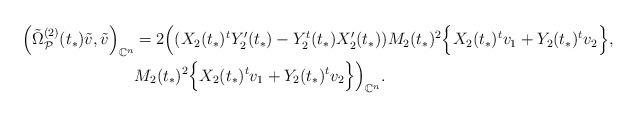
LaTeX: \begin{align*} \begin{aligned}\Big(\tilde{\Omega}^{(2)}_{\mathcal{P}} (t_*) \tilde{v}, \tilde{v} \Big)_{\mathbb{C}^n} &= 2 \Big( (X_2 (t_*)^t Y_2' (t_*) - Y_2^t (t_*) X_2' (t_*)) M_2 (t_*)^2 \Big{\{}X_2 (t_*)^t v_1 + Y_2 (t_*)^t v_2 \Big{\}}, \\& M_2 (t_*)^2 \Big{\{}X_2 (t_*)^t v_1 + Y_2 (t_*)^t v_2 \Big{\}} \Big)_{\mathbb{C}^n}.\end{aligned}\end{align*}